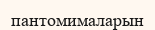
пантомималарын